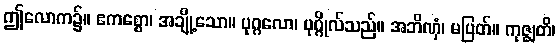
ဤလောက၌။ ဧကစ္စော၊ အချို့သော။ ပုဂ္ဂလော၊ ပုဂ္ဂိုလ်သည်။ အဘိဏှံ၊ မပြတ်။ ကုဇ္ဈတိ၊